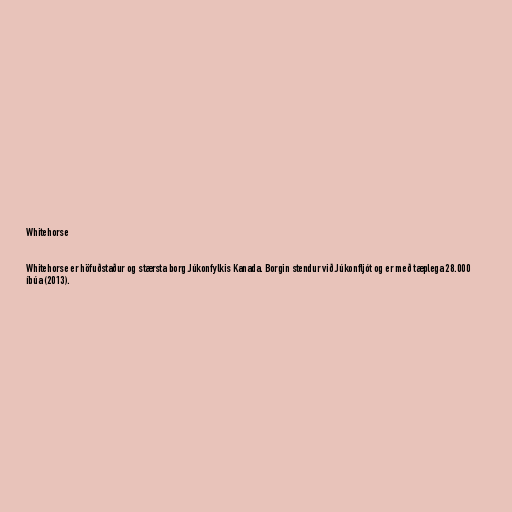
Whitehorse

Whitehorse er höfuðstaður og stærsta borg Júkonfylkis Kanada. Borgin stendur við Júkonfljót og er með tæplega 28.000
íbúa (2013).